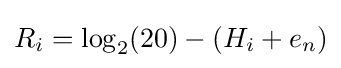
R_{i}=\log _{2}(20)-(H_{i}+e_{n})